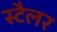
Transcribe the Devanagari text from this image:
स्टैलर